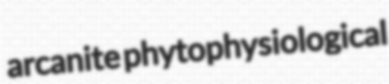
arcanite phytophysiological